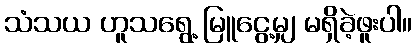
သံသယ ဟူသရွေ့ မြူငွေ့မျှ မရှိခဲ့ဖူးပါ။